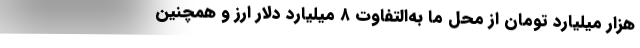
هزار میلیارد تومان از محل ما به‌التفاوت ۸ میلیارد دلار ارز و همچنین